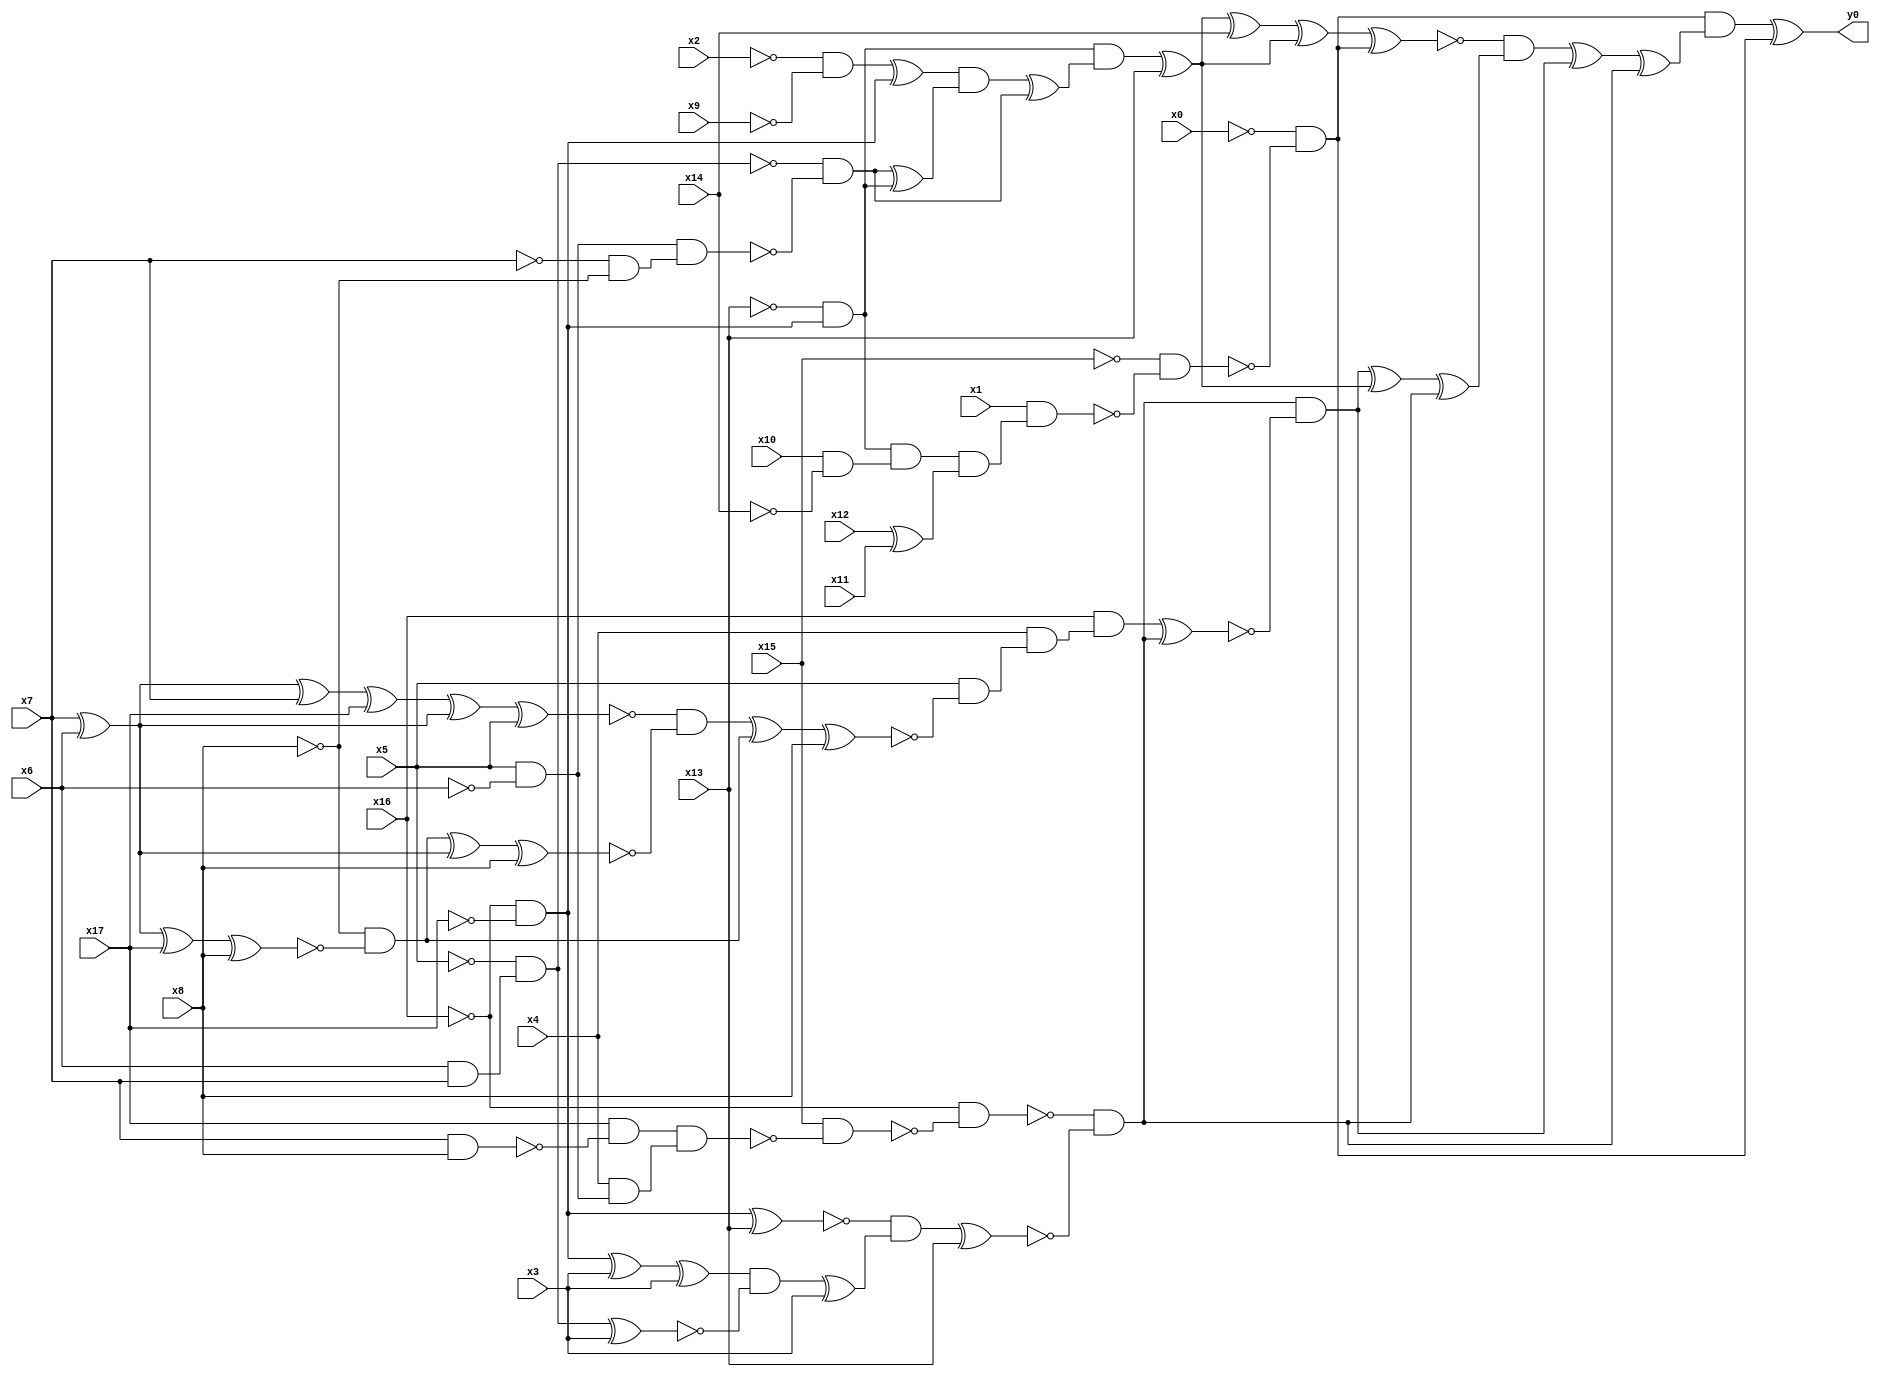
module top( x0 , x1 , x2 , x3 , x4 , x5 , x6 , x7 , x8 , x9 , x10 , x11 , x12 , x13 , x14 , x15 , x16 , x17 , y0 );
  input x0 , x1 , x2 , x3 , x4 , x5 , x6 , x7 , x8 , x9 , x10 , x11 , x12 , x13 , x14 , x15 , x16 , x17 ;
  output y0 ;
  wire n19 , n20 , n21 , n22 , n23 , n24 , n25 , n26 , n27 , n28 , n29 , n30 , n31 , n32 , n33 , n34 , n35 , n36 , n37 , n38 , n39 , n40 , n41 , n42 , n43 , n44 , n45 , n46 , n47 , n48 , n49 , n50 , n51 , n52 , n53 , n54 , n55 , n56 , n57 , n58 , n59 , n60 , n61 , n62 , n63 , n64 , n65 , n66 , n67 , n68 , n69 , n70 , n71 , n72 , n73 , n74 , n75 , n76 , n77 , n78 , n79 , n80 , n81 , n82 , n83 ;
  assign n19 = ~x16 & ~x17 ;
  assign n20 = ~x13 & n19 ;
  assign n21 = x10 & ~x14 ;
  assign n22 = n20 & n21 ;
  assign n23 = x12 ^ x11 ;
  assign n24 = n22 & n23 ;
  assign n25 = x1 & n24 ;
  assign n26 = ~x15 & ~n25 ;
  assign n27 = ~x0 & ~n26 ;
  assign n28 = ~x2 & ~x9 ;
  assign n29 = n28 ^ n19 ;
  assign n30 = x6 & x7 ;
  assign n31 = ~x5 & n30 ;
  assign n32 = x5 & ~x6 ;
  assign n33 = ~x7 & ~x8 ;
  assign n34 = n32 & n33 ;
  assign n35 = ~n31 & ~n34 ;
  assign n36 = n35 ^ n20 ;
  assign n37 = n29 & n36 ;
  assign n38 = n37 ^ n35 ;
  assign n39 = n20 & n38 ;
  assign n40 = n39 ^ x13 ;
  assign n41 = n40 ^ x14 ;
  assign n42 = n41 ^ n40 ;
  assign n43 = n42 ^ n27 ;
  assign n44 = x7 & x8 ;
  assign n45 = x17 & ~n44 ;
  assign n46 = x4 & n32 ;
  assign n47 = n45 & n46 ;
  assign n48 = x15 & ~n47 ;
  assign n49 = ~x16 & ~n48 ;
  assign n50 = n19 ^ x13 ;
  assign n51 = n19 ^ x3 ;
  assign n52 = n51 ^ x3 ;
  assign n53 = n31 ^ x3 ;
  assign n54 = n52 & ~n53 ;
  assign n55 = n54 ^ x3 ;
  assign n56 = ~n50 & n55 ;
  assign n57 = n56 ^ x13 ;
  assign n58 = ~n49 & ~n57 ;
  assign n59 = x7 ^ x6 ;
  assign n60 = n59 ^ x7 ;
  assign n61 = n60 ^ x17 ;
  assign n62 = n61 ^ n59 ;
  assign n63 = n62 ^ x5 ;
  assign n64 = n59 ^ x17 ;
  assign n65 = n64 ^ x8 ;
  assign n66 = ~x8 & ~n65 ;
  assign n67 = n66 ^ n59 ;
  assign n68 = n67 ^ x8 ;
  assign n69 = ~n63 & ~n68 ;
  assign n70 = n69 ^ n66 ;
  assign n71 = n70 ^ x8 ;
  assign n72 = x5 & ~n71 ;
  assign n73 = x4 & n72 ;
  assign n74 = x16 & n73 ;
  assign n75 = n74 ^ n58 ;
  assign n76 = n58 & ~n75 ;
  assign n77 = n76 ^ n40 ;
  assign n78 = n77 ^ n58 ;
  assign n79 = ~n43 & n78 ;
  assign n80 = n79 ^ n76 ;
  assign n81 = n80 ^ n58 ;
  assign n82 = n27 & n81 ;
  assign n83 = n82 ^ n27 ;
  assign y0 = n83 ;
endmodule